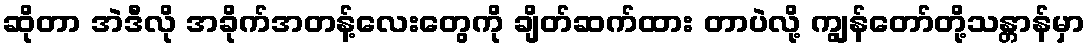
ဆိုတာ အဲဒီလို အခိုက်အတန့်လေးတွေကို ချိတ်ဆက်ထား တာပဲလို့ ကျွန်တော်တို့သန္တာန်မှာ